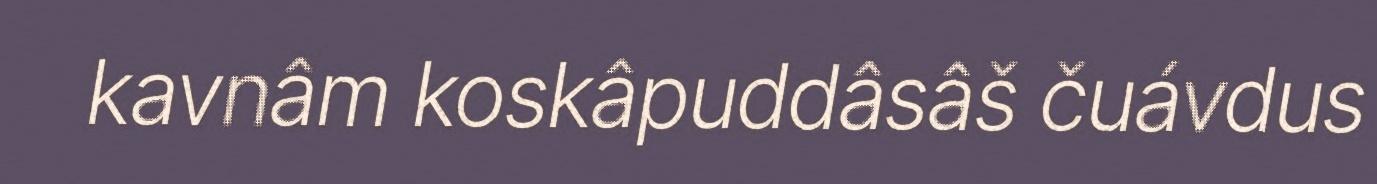
kavnâm koskâpuddâsâš čuávdus